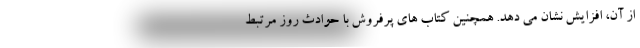
از آن، افزایش نشان می دهد. همچنین کتاب های پرفروش با حوادث روز مرتبط